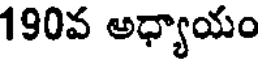
190వ అధ్యాయం